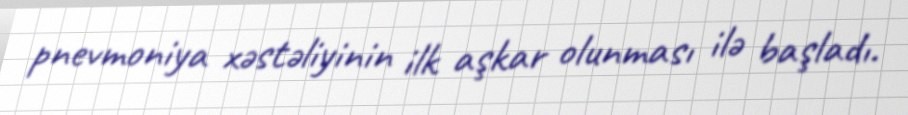
pnevmoniya xəstəliyinin ilk aşkar olunması ilə başladı.